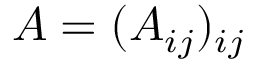
A = ( A _ { i j } ) _ { i j }